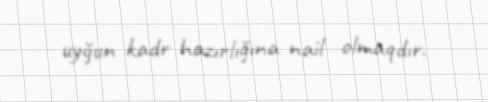
uyğun kadr hazırlığına nail olmaqdır.